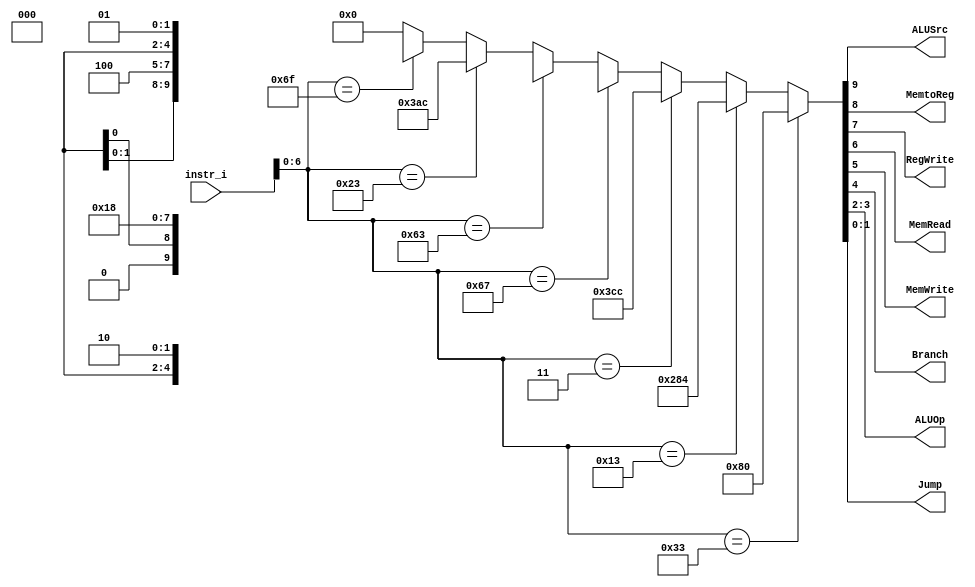
/***************************************************
Student Name: 
Student ID: 
***************************************************/

`timescale 1ns/1ps

module Decoder(
	input [31:0] 	instr_i,
	output          ALUSrc,
	output          MemtoReg,
	output          RegWrite,
	output          MemRead,
	output          MemWrite,
	output          Branch,
	output [1:0]	ALUOp,
	output [1:0]	Jump
	);

/* Write your code HERE */
wire	[7-1:0]		opcode;
wire 	[3-1:0]		funct3;
wire	[3-1:0]		Instr_field;
wire	[10-1:0]		Ctrl_o;
assign opcode = instr_i[6:0];
assign funct3 = instr_i[14:12];

assign Ctrl_o = (opcode==7'b0110011)?10'b0010000000: //rtype
					 (opcode==7'b0010011)?10'b1010000100: //itype
					 (opcode==7'b0000011)?10'b1111001100: //lw
					 (opcode==7'b1100111)?10'bxx000xxx10: //jalr
					 (opcode==7'b1100011)?10'b0x00011000: //btype
					 (opcode==7'b0100011)?10'b1110101100: //stype
					 (opcode==7'b1101111)?10'bxx100xxx01: //jal
					 (opcode==7'b0010011)?10'bxx00000000:
					 0;

assign ALUSrc = Ctrl_o[9];
assign MemtoReg = Ctrl_o[8];
assign RegWrite = Ctrl_o[7];
assign MemRead = Ctrl_o[6];
assign MemWrite = Ctrl_o[5];
assign Branch = Ctrl_o[4];
assign ALUOp = Ctrl_o[3:2];
assign Jump = Ctrl_o[1:0];


endmodule